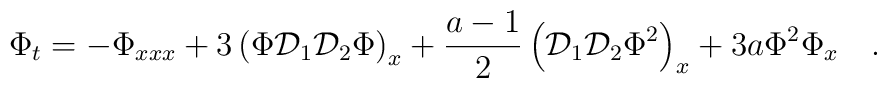
\Phi_t=-\Phi_{xxx}+3\left(\Phi{\cal D}_1{\cal D}_2\Phi \right)_{x}+\frac{a-1}{2}\left( {\cal D}_1{\cal D}_2\Phi^2\right)_{x}+3a\Phi^2\Phi_{x} \quad .